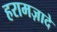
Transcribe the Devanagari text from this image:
हरामज़ादे